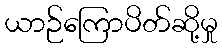
ယာဉ်ကြောပိတ်ဆို့မှု